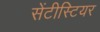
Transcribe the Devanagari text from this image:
सेंटीस्टियर